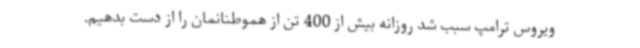
ویروس ترامپ سبب شد روزانه بیش از 400 تن از هموطنانمان را از دست بدهیم.